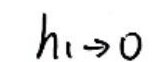
$h_{1} \to 0$